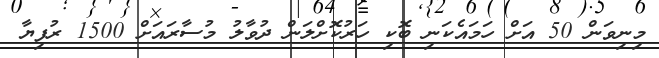
މިނިވަން 50 އަށް ހަމައެކަނި ބޮކި ހަރުކޮށްލަން ދުވާލު މުސާރައަށް 1500 ރުފިޔާ